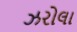
ઝરોલા